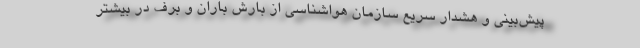
پیش‌بینی و هشدار سریع سازمان هواشناسی از بارش باران و برف در بیشتر